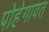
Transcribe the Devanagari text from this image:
पोहेगावत